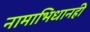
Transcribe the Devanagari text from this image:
नामाभिधानही